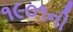
૧૯૦૧ની